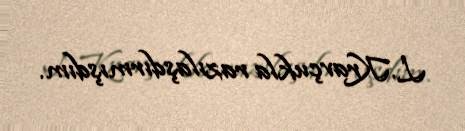
L.Kravçukla razılaşdırmışdım.